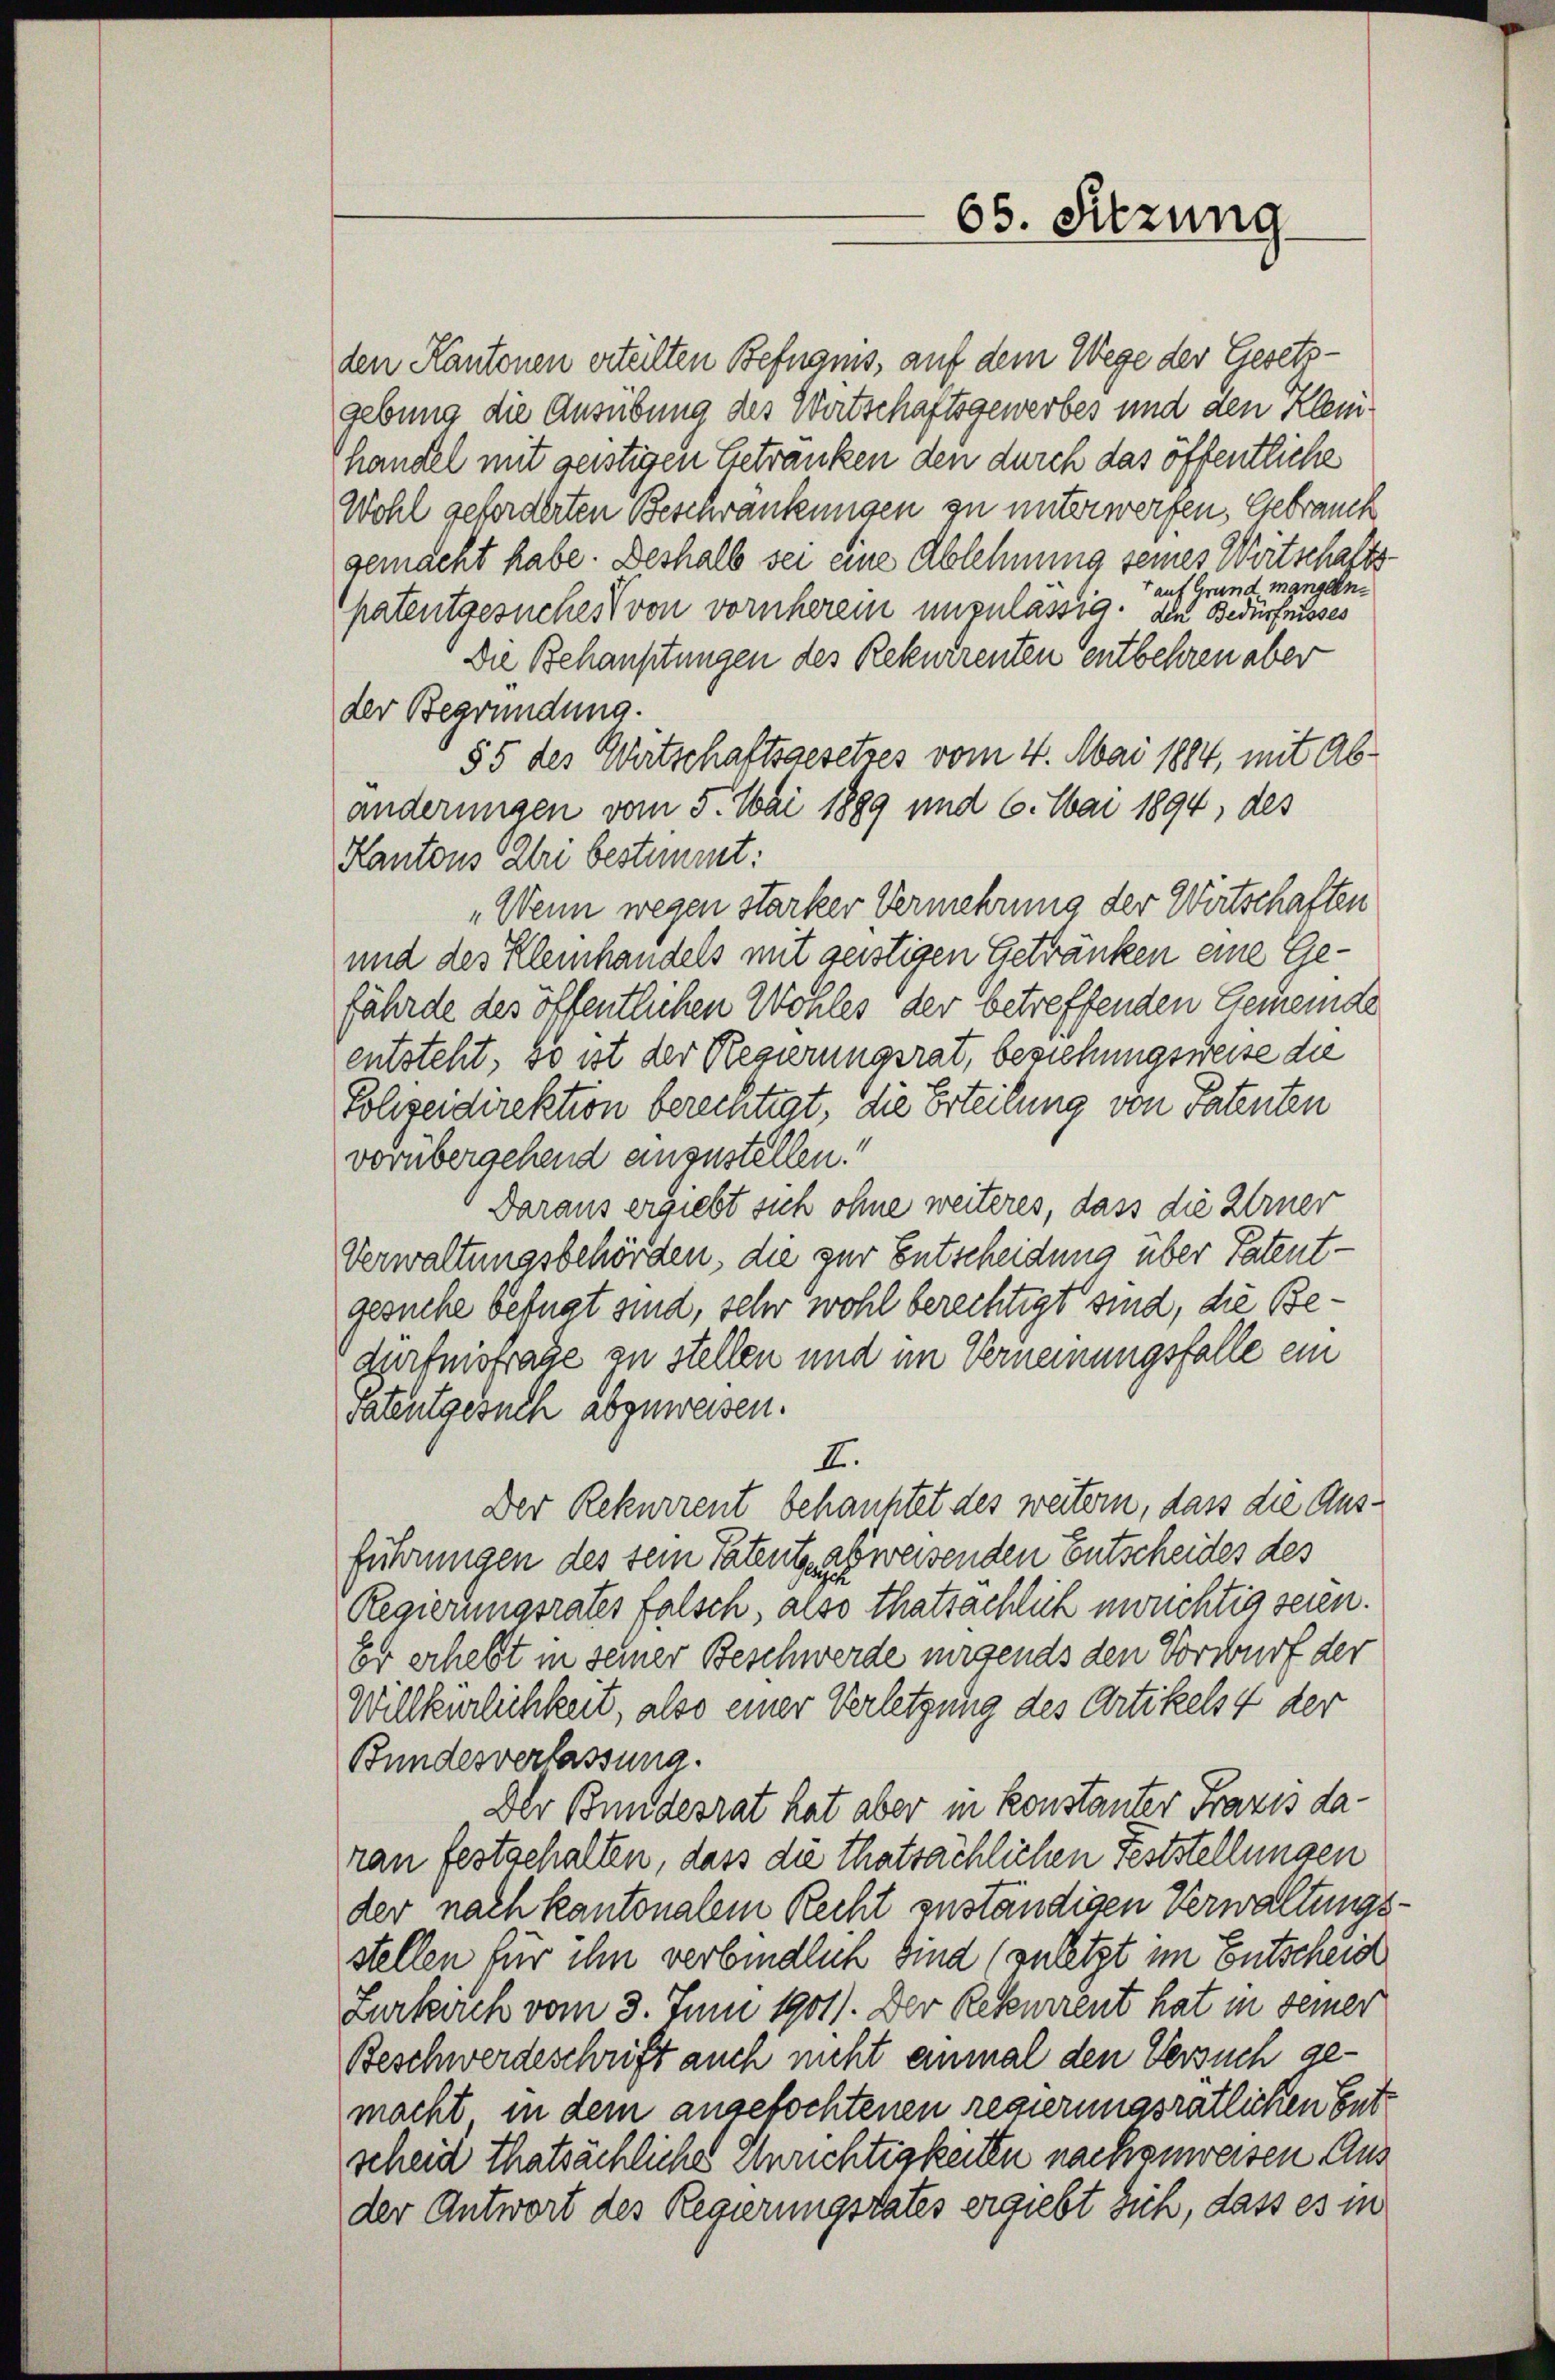
den Kantonen erteilten Befnams, auf dem Wege der Gesetzgebung die Ausübung des Wertschaftsgewerbes und den Kleihandel mit geistigen Getranken den durch das öffentliche
Wohl geforderten Beschränkungen zu unterwerfen, Gebrauch
gemacht habe. Deshalb sei eine Ablehnung seines Wertschafts¬
+ auf Grund mangen.
patentgesuches von vornherem unzulässig. Die Bedürfnisses
Die Behauptungen des Rekurrenten entbehren aber
der Begründung.
55 des Wirtschaftsgesetzes vom 4. Mai 1884, mit Abänderungen vom 5. Mai 1889 und 6. Mai 1894, des
Kantons Zeri bestimmt:
„Wenn wegen starker Vermehrung der Wirtschaften
und des Kleinhandels mit geistigen Getränken eine Gefährde des öffentlichen Wohles der betreffenden Gemeinde
entsteht, so ist der Regierungsrat, beziehungsweise die
Polizeidirektion bereitigt, die Erteilung von Patenten
vorübergehend ansustellen.
Daraus ergiebt sich ohne weiteres, dass die Urner
Verwaltungsbehörden, die zur Entscheidung über Patent-
gesuche befugt sind, sehr wohl berechtigt sind, die Be¬
Hurfnisfrage zu stellen und im Verneinungsfalle ein
vatentgesuch abzuweisen.
I.
Der Rekurrent behauptet des weitern, dass die Ausführungen des sein Patente abweisenden Entscheides des
Regierungsrates falsch, also thatsachlich unüchtig seien.
Er erhebt in seiner Beschwerde nirgends den Vorwurf der
Willkürlichkeit, also einer Verletzung des Artikelst der
Bundesverlassung.
Der Bundesrat hat aber in konstanter Frazis daran festgehalten, dass die thatsächlichen Feststellungen
der nach kantonalem Recht zuständigen Verwaltungsstellen für ihn verbindlich sind (zuletzt im Entscheid
Zurkirch vom 3. Juni 1901). Der Rebenrent hat in seiner
Beschwerdeschrift auch nicht einmal den Versuch gemacht in dem angefochtenen regierungsrätlichen Ent
scheid thatsächliche Unrichtigkeiten nachzuweisen Aus
der Antwort des Regierungsrates ergiebt sich, dass es in

65. Sitzung